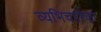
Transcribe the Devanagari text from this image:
व्यभिचारिका